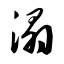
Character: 溻